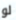
لو